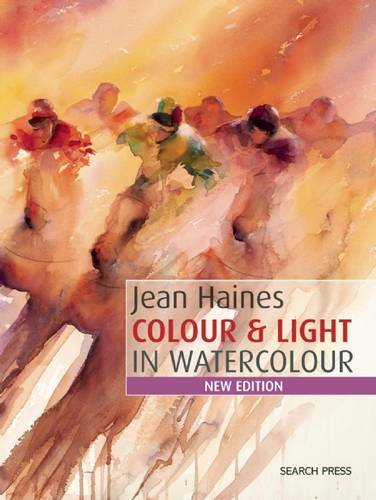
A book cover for Jean Haines Colour & Light in Watercolour: New Edition; Jean Haines; Arts & Photography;